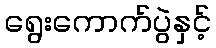
ရွေးကောက်ပွဲနှင့်